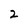
Character: 2